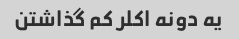
یه دونه اکلر کم گذاشتن